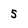
Character: 5